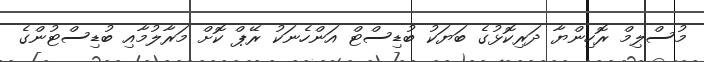
މުސްލިމް ރޮހިންޔާ ދަރިކޮޅުގެ ބަޔަކު ބުޑިސްޓް އަންހެނަކު ރޭޕް ކޮށް މަރާލުމާއި ބުޑިސްޓުންގެ